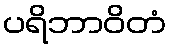
ပရိဘာဝိတံ